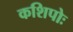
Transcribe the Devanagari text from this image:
कशिपोः